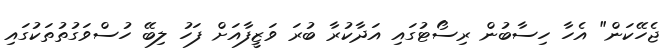
ޖެހޭކަން" އެހާ ހިސާބުން ރިސޯޓުގައި އަދާކުރާ ބުރަ ވަޒީފާއަށް ފަހު ލިބޭ ހުސްވަގުތުތަކުގައި